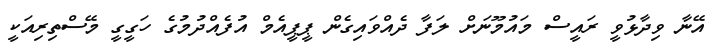
އޭނާ ވިދާޅުވީ ރައީސް މައުމޫނަށް ލަފާ ދެއްވައިގެން ޕީޕީއެމް އުފެއްދުމުގެ ހަގީގީ މޭސްތިރިއަކީ